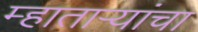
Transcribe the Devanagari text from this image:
म्हाताऱ्यांचा